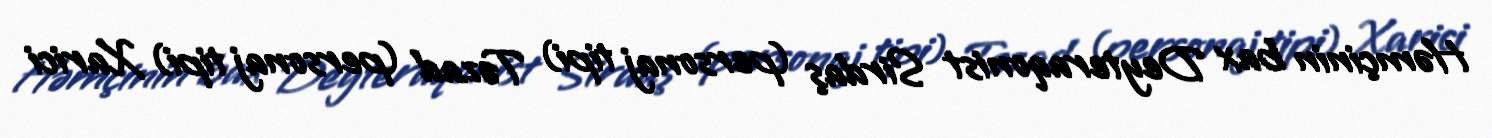
Həmçinin bax Deyteraqonist Sirdaş (personaj tipi) Təzad (personaj tipi) Xarici